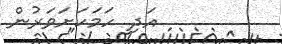
އަދި ހަމަކަށަވަރުން